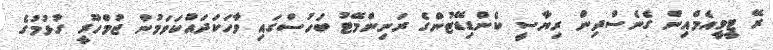
ރޭ ޓީވީއެމްއިން ގެނެސްދިން ރިޔާސީ ކެންޑިޑޭޓުންގެ ރަނިންމޭޓު ބަހުސްގައި ވާހަކަދައްކަވަމުން ޖުމްހޫރީ ގުޅުމުގެ